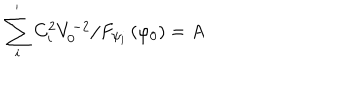
\sum _ { i } ^ { ^ { \prime } } C _ { i } ^ { 2 } V _ { 0 } ^ { - 2 } / F _ { \psi _ { i } } \left( \varphi _ { 0 } \right) = A